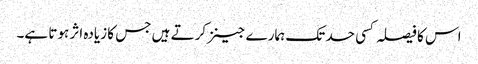
اس کا فیصلہ کسی حد تک ہمارے جینز کرتے ہیں جس کا زیادہ اثر ہوتا ہے۔